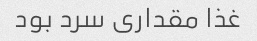
غذا مقداری سرد بود